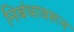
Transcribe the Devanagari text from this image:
निबंधावरून